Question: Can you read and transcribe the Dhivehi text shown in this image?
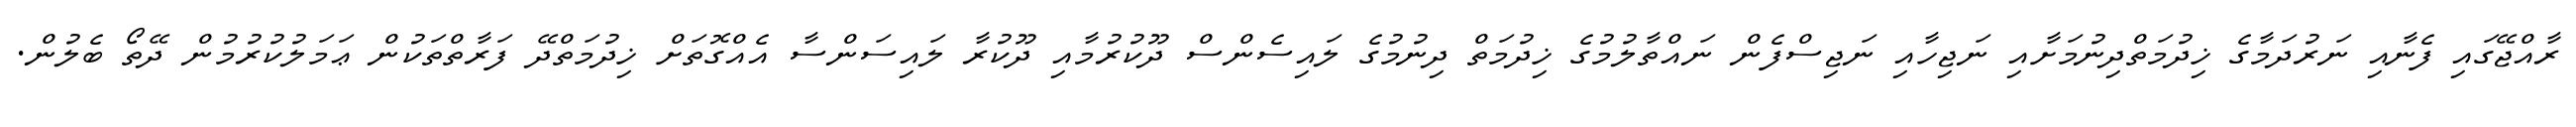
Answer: ރާއްޖޭގައި ފެނާއި ނަރުދަމާގެ ޚިދުމަތްދިނުމަށާއި ނަޖިހާއި ނަޖިސްފެން ނައްތާލުމުގެ ޚިދުމަތް ދިނުމުގެ ލައިސެންސް ދޫކުރުމާއި ދޫކުރާ ލައިސަންސާ އެއްގޮތަށް ޚިދުމަތްދޭ ފަރާތްތަކުން ޢަމަލުކުރުމުން ދޭތޯ ބެލުން.